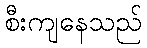
စီးကျနေသည်